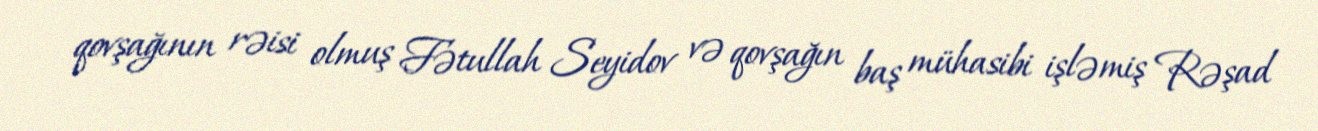
qovşağının rəisi olmuş Fətullah Seyidov və qovşağın baş mühasibi işləmiş Rəşad